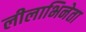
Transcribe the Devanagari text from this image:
लीलाभिनेता